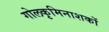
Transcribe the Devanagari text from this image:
गोलकृमिनाशकों